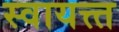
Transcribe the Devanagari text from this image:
स्वायत्त्त